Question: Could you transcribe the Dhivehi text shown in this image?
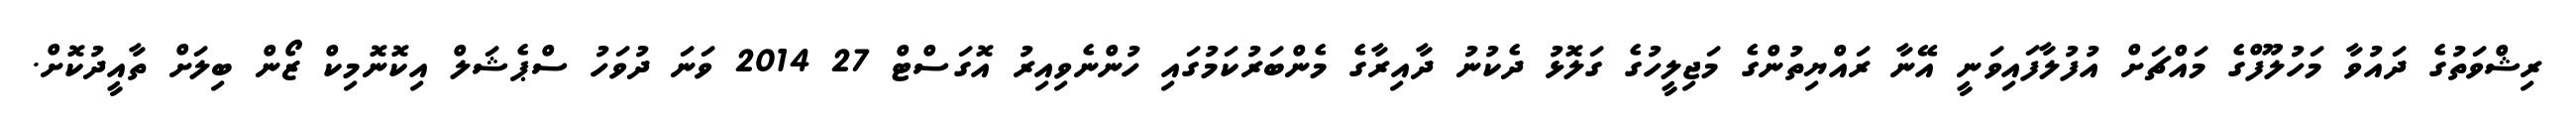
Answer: ރިޝްވަތުގެ ދައުވާ މަހުލޫފްގެ މައްޗަށް އުފުލާފައިވަނީ އޭނާ ރައްޔިތުންގެ މަޖިލީހުގެ ގަލޮޅު ދެކުނު ދާއިރާގެ މެންބަރުކަމުގައި ހުންނެވިއިރު އޮގަސްޓް 27 2014 ވަނަ ދުވަހު ސްޕެޝަލް އިކޮނޮމިކް ޒޯން ބިލަށް ތާއީދުކޮށް.